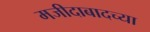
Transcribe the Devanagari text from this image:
मजीदाबादच्या